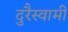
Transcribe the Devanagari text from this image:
दुरैस्वामी